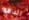
الدفع